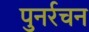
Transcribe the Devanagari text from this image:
पुनर्रचन